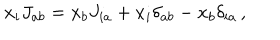
x _ { i } J _ { a b } = x _ { b } J _ { i a } + x _ { i } \delta _ { a b } - x _ { b } \delta _ { i a } \, ,